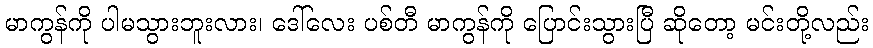
မာကွန်ကို ပါမသွားဘူးလား၊ ဒေါ်လေး ပစ်တီ မာကွန်ကို ပြောင်းသွားပြီ ဆိုတော့ မင်းတို့လည်း